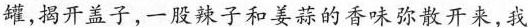
罐,揭开盖子,一股辣子和姜蒜的香味弥散开来,我